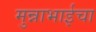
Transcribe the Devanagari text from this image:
मुन्नाभाईचा